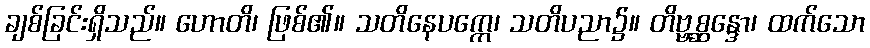
ချစ်ခြင်းရှိသည်။ ဟောတိ၊ ဖြစ်၏။ သတိနေပက္ကေ၊ သတိပညာ၌။ တိဗ္ဗစ္ဆန္ဒော၊ ထက်သော